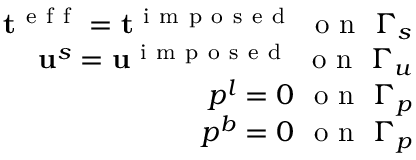
\begin{array} { r } { \mathbf { t } ^ { \mathrm { ~ e ~ f ~ f ~ } } = \mathbf { t } ^ { \mathrm { ~ i ~ m ~ p ~ o ~ s ~ e ~ d ~ } } ~ \mathrm { ~ o ~ n ~ } ~ \Gamma _ { s } } \\ { \mathbf { u } ^ { s } = \mathbf { u } ^ { \mathrm { ~ i ~ m ~ p ~ o ~ s ~ e ~ d ~ } } ~ \mathrm { ~ o ~ n ~ } ~ \Gamma _ { u } } \\ { p ^ { l } = 0 ~ \mathrm { ~ o ~ n ~ } ~ \Gamma _ { p } } \\ { p ^ { b } = 0 ~ \mathrm { ~ o ~ n ~ } ~ \Gamma _ { p } } \end{array}